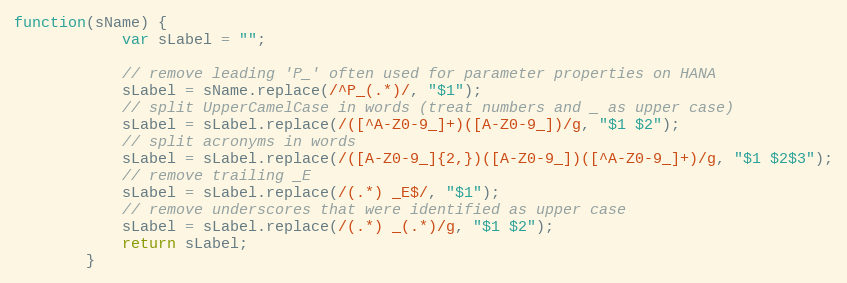
Language: JavaScript
function(sName) {
			var sLabel = "";

			// remove leading 'P_' often used for parameter properties on HANA
			sLabel = sName.replace(/^P_(.*)/, "$1");
			// split UpperCamelCase in words (treat numbers and _ as upper case)
			sLabel = sLabel.replace(/([^A-Z0-9_]+)([A-Z0-9_])/g, "$1 $2");
			// split acronyms in words
			sLabel = sLabel.replace(/([A-Z0-9_]{2,})([A-Z0-9_])([^A-Z0-9_]+)/g, "$1 $2$3");
			// remove trailing _E
			sLabel = sLabel.replace(/(.*) _E$/, "$1");
			// remove underscores that were identified as upper case
			sLabel = sLabel.replace(/(.*) _(.*)/g, "$1 $2");
			return sLabel;
		}